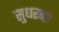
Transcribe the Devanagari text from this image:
सुधरना